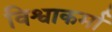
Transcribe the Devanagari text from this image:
विश्वाकर्मा